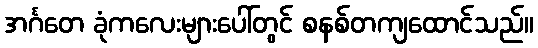
အင်္ဂတေ ခုံကလေးများပေါ်တွင် စနစ်တကျထောင်သည်။